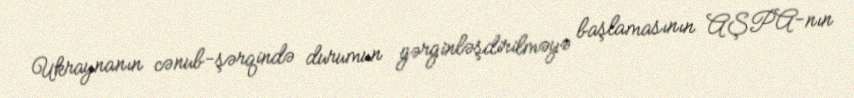
Ukraynanın cənub-şərqində durumun gərginləşdirilməyə başlamasının AŞPA-nın